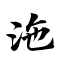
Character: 沲